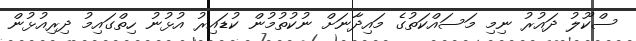
ސްކޫލު ދައުރު ނިމި މަސައްކަތުގެ މައިދާނަށް ނުކުތުމުން ކުޑައިރު އުޅުނު ހިތްގައިމު ދިރިއުޅުން